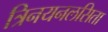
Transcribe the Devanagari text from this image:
त्रिनयनलसिता